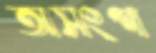
অসংগ